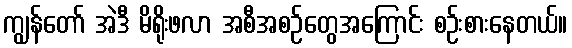
ကျွန်တော် အဲဒီ မိရိုးဖလာ အစီအစဉ်တွေအကြောင်း စဉ်းစားနေတယ်။